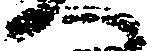
へ